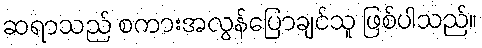
ဆရာသည် စကားအလွန်ပြောချင်သူ ဖြစ်ပါသည်။